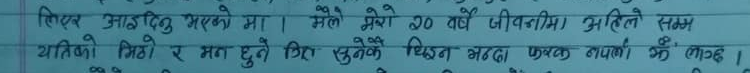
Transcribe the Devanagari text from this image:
लिएर आइदिनु भएको मा । मैले मेरो २० वर्ष जीवनमा अहिलेसम्म
यतिको मिठो र मजा हुने कुरा सुनेको थिइन भन्दा फरक नपर्ला भन्नु लाग्छ ।